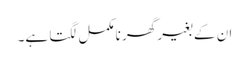
ان کے بغیر گھر نامکمل لگتا ہے۔